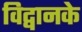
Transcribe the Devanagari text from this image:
विद्वानके